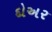
દોઅર